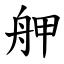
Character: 舺